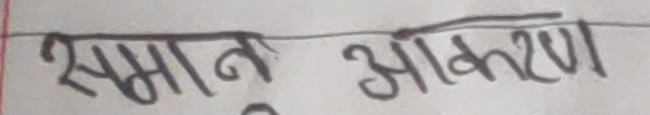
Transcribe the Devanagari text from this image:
समान आकर्षण